Civil Veterinary Dept. North-West Frontier Province 1901-22 - 1901-1922
Year: 1901
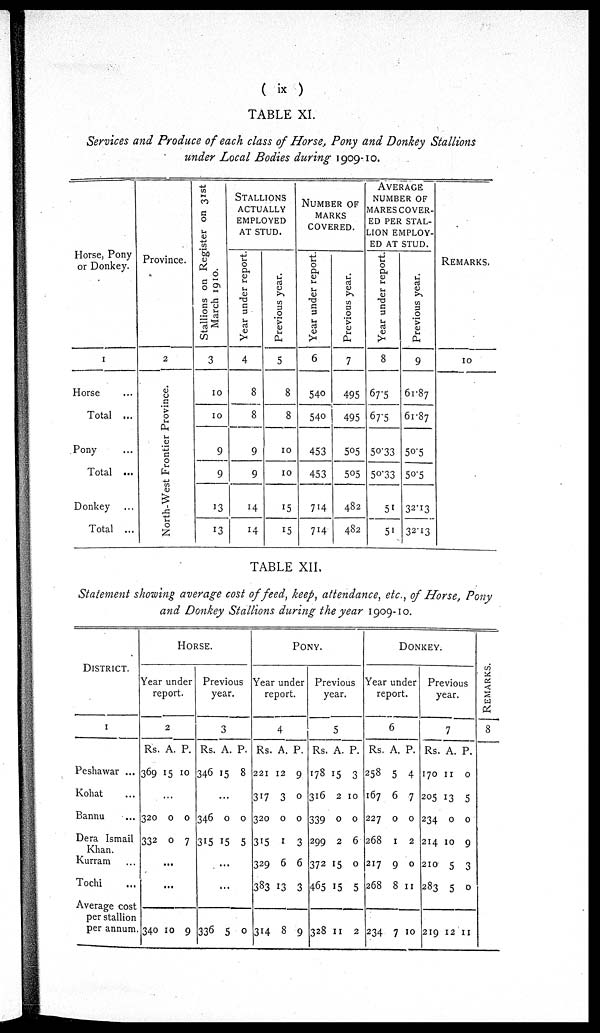
(ix)
TABLE XI.
Services and Produce of each class of Horse, Pony and Donkey Stallions
under Local Bodies during 1909-10.
Horse, Pony
or Donkey.
1
Horse ...
Total ...
Pony ...
Total ...
Donkey ...
Total ...
Province.
2
North-West Frontier Province.
Stallions on Register on 31st
March 1910.
3
10
10
9
9
13
13
STALLIONS
ACTUALLY
EMPLOYED
AT STUD.
Year under report.
4
8
8
9
9
14
14
Previous year.
5
8
8
10
10
15
15
NUMBER OF
MARKS
COVERED.
Year under report.
6
540
540
453
453
714
714
Previous year.
7
495
495
505
505
482
482
AVERAGE
NUMBER OF
MARES COVER-
-- PER STAL-
---- EMPLOY-
-- AT STUD.
Year under report.
8
67.5
67.5
50.33
50.33
51
51
Previous year.
9
61.87
61.87
50.5
50.5
32.13
32.13
REMARKS.
10
TABLE XII.
Statement showing average cost of feed, keep, attendance, etc., of Horse, Pony
and Donkey Stallions during the year 1909-10.
District.
1
Peshawar ...
Kohat ...
Bannu ...
Dera Ismail
Khan
Kurram ...
Tochi ...
Average cost
per stallion
per annum.
HORSE.
Year under
report.
2
Rs.
369
320
332
340
A.
15
...
0
0
...
...
10
P.
10
0
7
9
Previous
year.
3
Rs.
346
346
315
336
A.
15
...
0
15
...
...
5
P.
8
0
5
0
PONY.
Year under
report.
4
Rs.
221
317
320
315
329
383
314
A.
12
3
0
1
6
13
8
P.
9
0
0
3
6
3
9
Previous
year.
5
Rs.
178
316
339
299
372
465
328
A.
15
2
0
2
15
15
11
P.
3
10
0
6
0
5
2
DONKEY.
Year under
report.
6
Rs.
258
167
227
268
217
268
234
A.
5
6
0
1
9
8
7
P.
4
7
0
2
0
11
10
Previous
year.
7
Rs.
170
205
234
214
210
283
219
A.
11
13
0
10
5
5
12
P.
0
5
0
9
3
0
11
REMARKS.
8